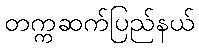
တက္ကဆက်ပြည်နယ်